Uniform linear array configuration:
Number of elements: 24
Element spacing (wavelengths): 0.5
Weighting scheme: exponential
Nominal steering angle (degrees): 30
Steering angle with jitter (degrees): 31.182
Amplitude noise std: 0.05
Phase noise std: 0.05

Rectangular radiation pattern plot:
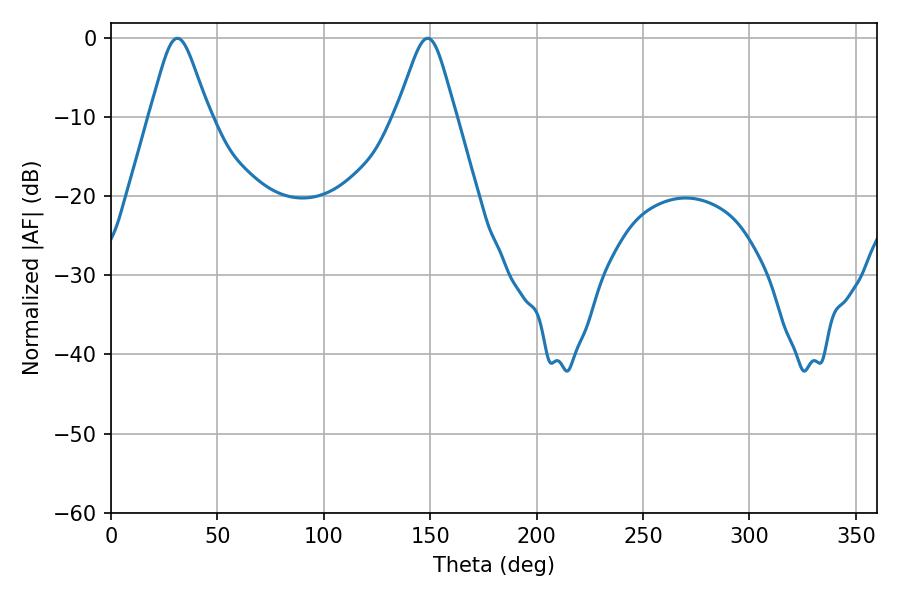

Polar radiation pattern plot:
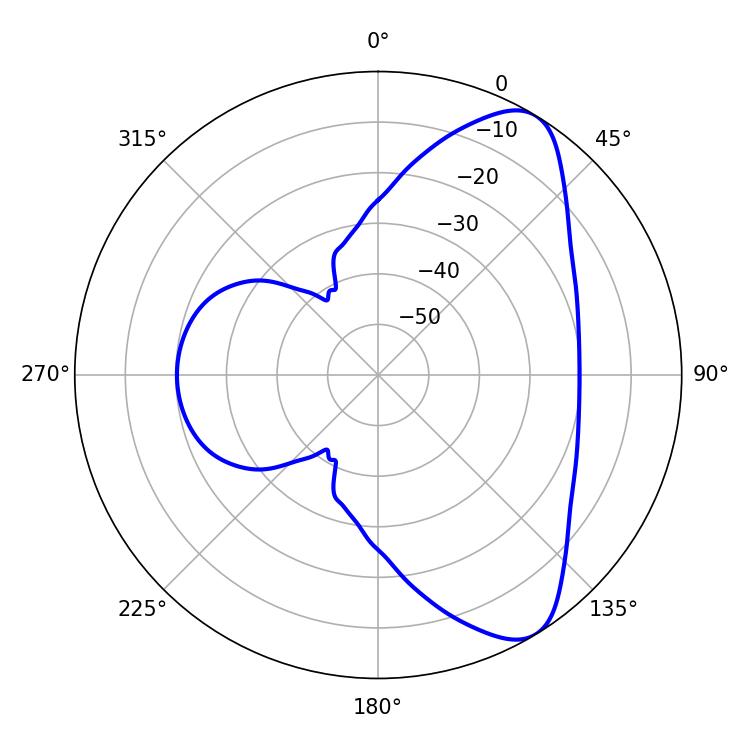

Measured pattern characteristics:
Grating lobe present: FALSE
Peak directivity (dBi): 8.155
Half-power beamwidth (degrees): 13.32
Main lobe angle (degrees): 31.14